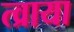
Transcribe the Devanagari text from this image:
त्व्राया